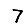
Digit: 7